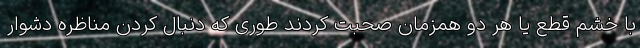
با خشم قطع یا هر دو همزمان صحبت کردند طوری که دنبال کردن مناظره دشوار